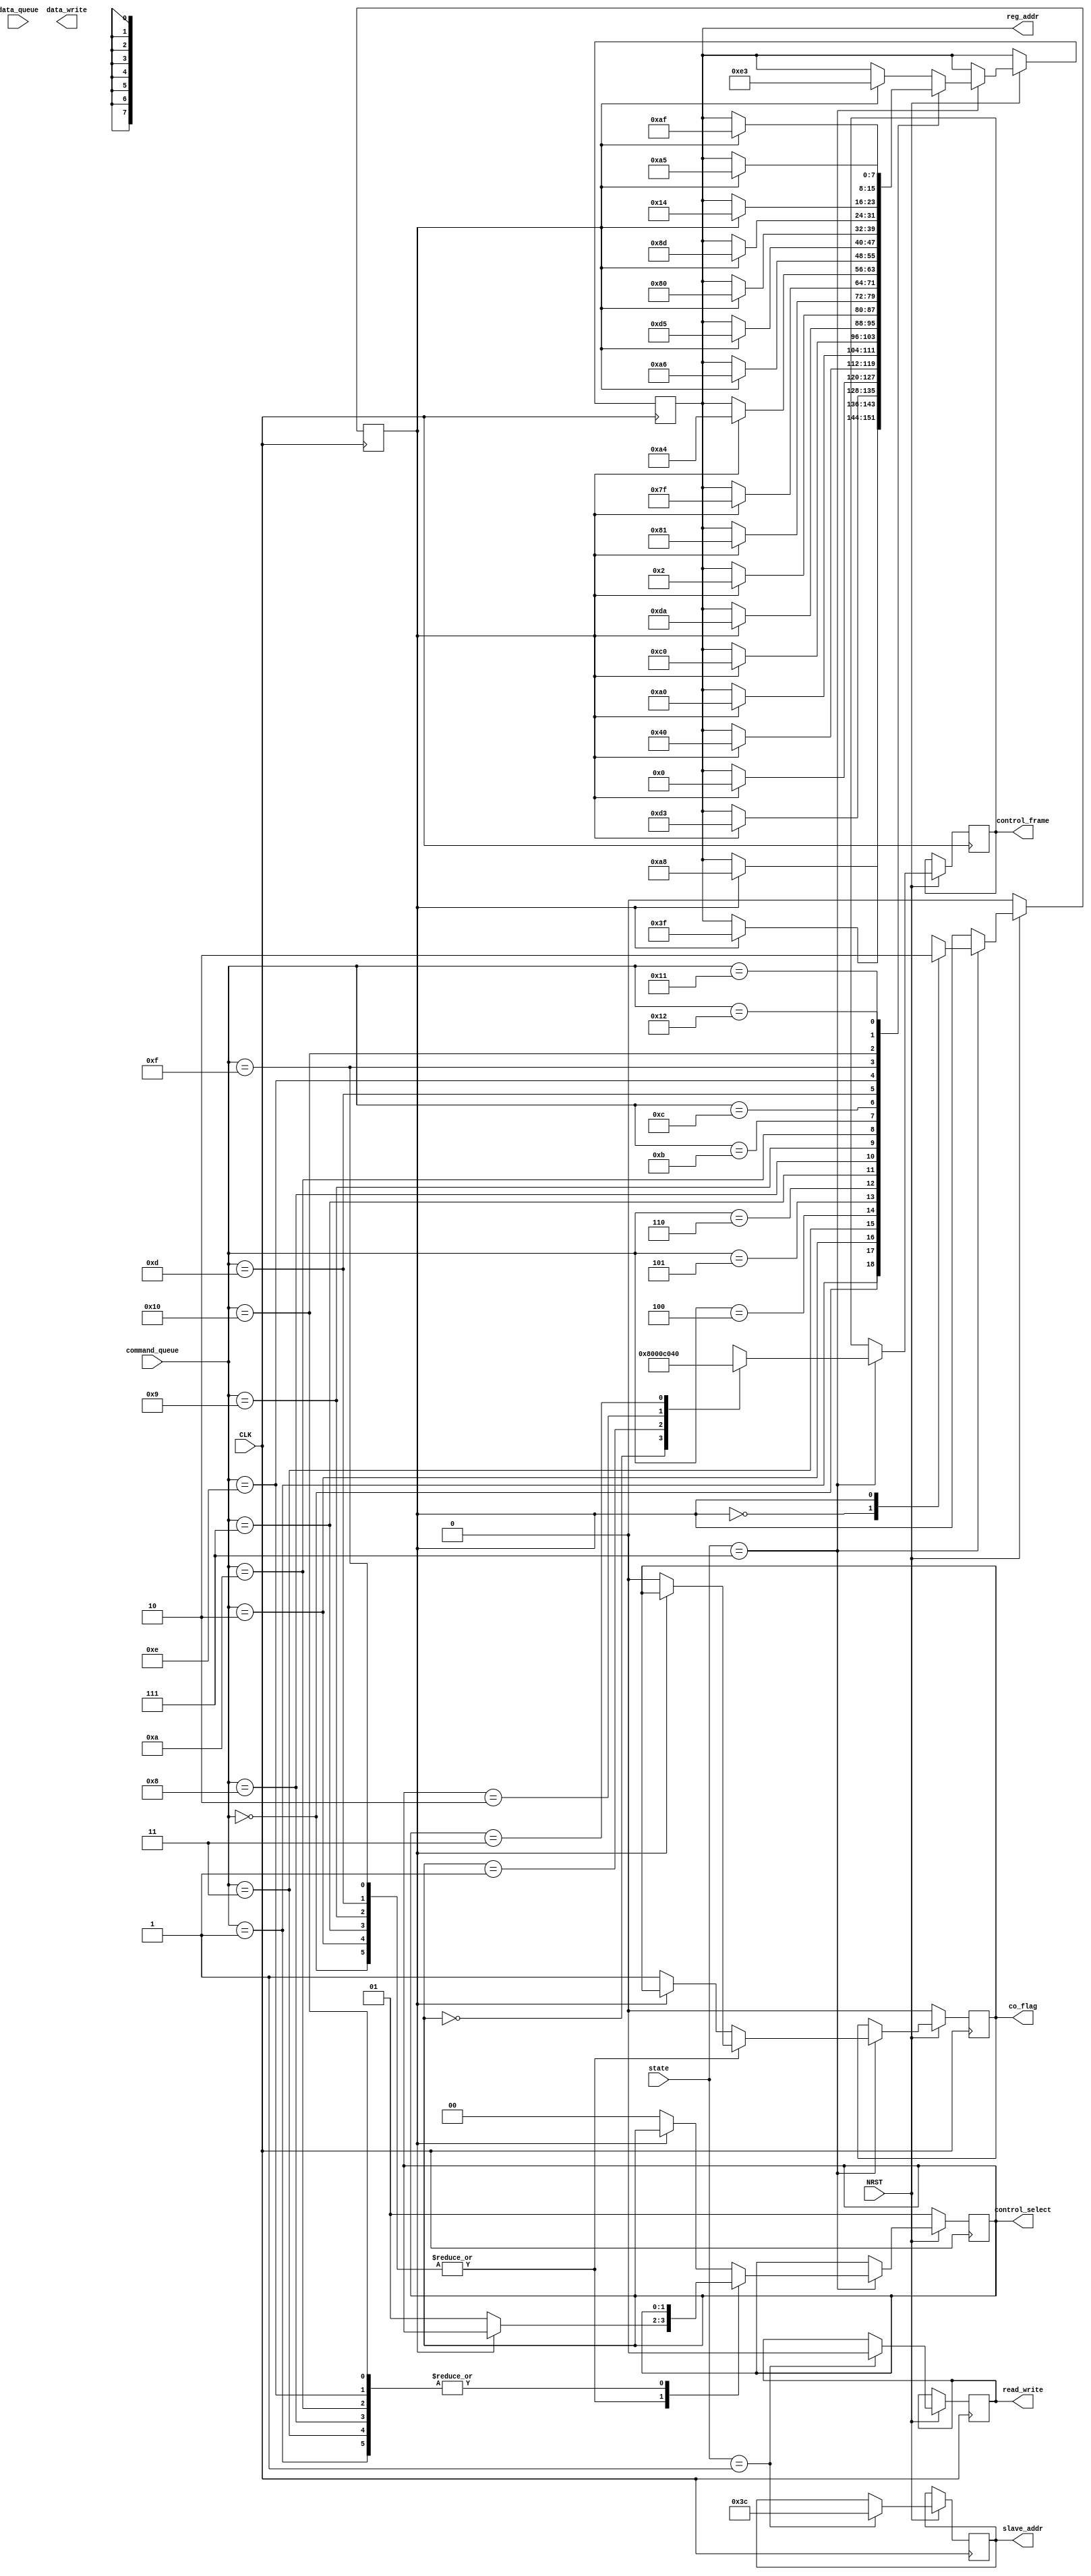
module i2c_oled_setup (
    input CLK,
    input NRST,
    
    input [3:0] state,

    input [4:0] command_queue,
    input [7:0] data_queue,

    output reg [6:0] slave_addr,
    output reg read_write,

    output reg [7:0] control_frame,
    output reg [7:0] reg_addr,
    output reg [7:0] data_write,

    output reg [1:0] control_select,
    output reg co_flag
);

localparam IDLE = 4'd0; // sda == 1 and scl == 1
localparam START = 4'd1; // sda 1->0 while scl == 1
localparam RECOGNITION = 4'd2; // request slave by address [0, 1, 1, 1, 1, 0, 0/1, R/W#]
localparam WRITE_CONTROL = 4'd3; // R/W# == 0 for writing bytes of data to slave
localparam WRITE_COMMAND = 4'd4; // D/C# == 0 for command
localparam WRITE_DATA = 4'd5; // D/C# == 1 for data into GDDRAM
localparam READ = 4'd6; // R/W# == 1 for reading bytes of data from slave
localparam ACKNOWLEDGE = 4'd7; // sda -> 0 while scl == 0, slave acknowledges each control- or data-byte
localparam RECOGNITION_ACK = 4'd8; // ACKNOWLEDGE state exclusively for slave address
localparam STOP = 4'd9; // sda 0->1 while scl == 1

reg frame_timing;

always @ (posedge CLK) begin 
    if (!NRST) begin
        control_select <= 1;
        co_flag <= 0;
        //
        frame_timing <= 0;
    end
    else begin
        case (state)
            START: begin // only oled (write) for the time being
                slave_addr <= 7'b0111100;
                read_write <= 1'b0;
            end
            ACKNOWLEDGE: begin
                case (control_select)
                    2'b00: control_frame <= 8'h80; // single command frame
                    2'b01: control_frame <= 8'h00; // multiple command frames
                    2'b10: control_frame <= 8'hC0; // single data frame
                    2'b11: control_frame <= 8'h40; // multiple data frames
                endcase
                //
                case (command_queue)
                    5'd0: begin
                        case (frame_timing)
                            0: begin
                                control_select <= 2'b01;
                                co_flag <= 0;
                                //
                                frame_timing <= 1;
                            end
                            1: begin
                                reg_addr <= 8'hA8; // Set Mux Ratio
                                //
                                frame_timing <= 0;
                            end
                        endcase
                    end
                    5'd1: begin
                        case (frame_timing)
                            0: begin
                                co_flag <= 1;
                                //
                                frame_timing <= 1;
                            end
                            1: begin
                                reg_addr <= 8'h3F; // **
                                //
                                frame_timing <= 0;
                            end
                        endcase  
                    end
                    //
                    5'd2: begin
                        case (frame_timing)
                            0: begin
                                control_select <= 2'b01;
                                co_flag <= 0;
                                //
                                frame_timing <= 1;
                            end
                            1: begin
                                reg_addr <= 8'hD3; // Set Display Offset
                                //
                                frame_timing <= 0;
                            end
                        endcase 
                    end
                    5'd3: begin
                        case (frame_timing)
                            0: begin
                                co_flag <= 1;
                                //
                                frame_timing <= 1;
                            end
                            1: begin
                                reg_addr <= 8'h00; // **
                                //
                                frame_timing <= 0;
                            end
                        endcase 
                    end
                    //
                    5'd4: begin
                        case (frame_timing)
                            0: begin
                                control_select <= 2'b00;
                                co_flag <= 1;
                                //
                                frame_timing <= 1;
                            end
                            1: begin
                                reg_addr <= 8'h40; // Set Display Start Line
                                //
                                frame_timing <= 0;
                            end
                        endcase 
                    end
                    //
                    5'd5: begin
                        case (frame_timing)
                            0: begin
                                control_select <= 2'b00;
                                co_flag <= 1;
                                //
                                frame_timing <= 1;
                            end
                            1: begin
                                reg_addr <= 8'hA0; // Set Segment remap
                                //
                                frame_timing <= 0;
                            end
                        endcase 
                    end
                    //
                    5'd6: begin
                        case (frame_timing)
                            0: begin
                                control_select <= 2'b00;
                                co_flag <= 1;
                                //
                                frame_timing <= 1;
                            end
                            1: begin
                                reg_addr <= 8'hC0; // Set COM Out Scan Dir
                                //
                                frame_timing <= 0;
                            end
                        endcase 
                    end
                    //
                    5'd7: begin
                        case (frame_timing)
                            0: begin
                                control_select <= 2'b01;
                                co_flag <= 0;
                                //
                                frame_timing <= 1;
                            end
                            1: begin
                                reg_addr <= 8'hDA; // Set COM Pins Hardware Config
                                //
                                frame_timing <= 0;
                            end
                        endcase
                    end
                    5'd8: begin
                        case (frame_timing)
                            0: begin
                                co_flag <= 1;
                                //
                                frame_timing <= 1;
                            end
                            1: begin
                                reg_addr <= 8'h02; // **
                                //
                                frame_timing <= 0;
                            end
                        endcase
                    end
                    //
                    5'd9: begin
                        case (frame_timing)
                            0: begin
                                control_select <= 2'b01;
                                co_flag <= 0;
                                //
                                frame_timing <= 1;
                            end
                            1: begin
                                reg_addr <= 8'h81; // Set Contrast Control
                                //
                                frame_timing <= 0;
                            end
                        endcase
                    end
                    5'd10: begin
                        case (frame_timing)
                            0: begin
                                co_flag <= 1;
                                //
                                frame_timing <= 1;
                            end
                            1: begin
                                reg_addr <= 8'h7F; // **
                                //
                                frame_timing <= 0;
                            end
                        endcase
                    end

                    5'd11: begin
                        case (frame_timing)
                            0: begin
                                control_select <= 2'b00;
                                co_flag <= 1;
                                //
                                frame_timing <= 1;
                            end
                            1: begin
                                reg_addr <= 8'hA4; // Disable Entire Display ON
                                //
                                frame_timing <= 0;
                            end
                        endcase
                    end

                    5'd12: begin
                        case (frame_timing)
                            0: begin
                                control_select <= 2'b00;
                                co_flag <= 1;
                                //
                                frame_timing <= 1;
                            end
                            1: begin
                                reg_addr <= 8'hA6; // Set Normal Display
                                //
                                frame_timing <= 0;
                            end
                        endcase
                    end

                    5'd13: begin
                        case (frame_timing)
                            0: begin
                                control_select <= 2'b01;
                                co_flag <= 0;
                                //
                                frame_timing <= 1;
                            end
                            1: begin
                                reg_addr <= 8'hD5; // Set Osc Freq
                                //
                                frame_timing <= 0;
                            end
                        endcase
                    end
                    5'd14: begin
                        case (frame_timing)
                            0: begin
                                co_flag <= 1;
                                //
                                frame_timing <= 1;
                            end
                            1: begin
                                reg_addr <= 8'h80; // **
                                //
                                frame_timing <= 0;
                            end
                        endcase
                    end

                    5'd15: begin
                        case (frame_timing)
                            0: begin
                                control_select <= 2'b01;
                                co_flag <= 0;
                                //
                                frame_timing <= 1;
                            end
                            1: begin
                                reg_addr <= 8'h8D; // Enable Charge Pump Regulator
                                //
                                frame_timing <= 0;
                            end
                        endcase
                    end
                    5'd16: begin
                        case (frame_timing)
                            0: begin
                                co_flag <= 1;
                                //
                                frame_timing <= 1;
                            end
                            1: begin
                                reg_addr <= 8'h14; // **
                                //
                                frame_timing <= 0;
                            end
                        endcase
                    end

                    5'd17: begin
                        case (frame_timing)
                            0: begin
                                control_select <= 2'b00;
                                co_flag <= 1;
                                //
                                frame_timing <= 1;
                            end
                            1: begin
                                reg_addr <= 8'hAF; // Display ON
                                //
                                frame_timing <= 0;
                            end
                        endcase
                    end

                    5'd18: begin
                        case (frame_timing)
                            0: begin
                                control_select <= 2'b00;
                                co_flag <= 1;
                                //
                                frame_timing <= 1;
                            end
                            1: begin
                                reg_addr <= 8'hA5; // Entire Display ON
                                //
                                frame_timing <= 0;
                            end
                        endcase
                    end
                    default: begin
                        case (frame_timing)
                            0: begin
                                control_select <= 2'b00;
                                co_flag <= 1;
                                //
                                frame_timing <= 1;
                            end
                            1: begin
                                reg_addr <= 8'hE3; // NOP
                                //
                                frame_timing <= 0;
                            end
                        endcase
                    end  
                endcase
        //    end
            //WRITE_DATA: begin
            //    case (data_queue)
            //
            //    endcase
            //end
        //    default: begin
        //    slave_addr <= 0;
        //    read_write <= 0;
        //    control_frame <= 0;
        //    reg_addr <= 0;
        //    data_write <= 0;
        //    end
            end
        endcase
    end 
end

// [*]    => single byte command
// [**]   => double byte command
// [***]  => triple byte command
// [~XX#] => multiple variant byte command (up to XX)

// /////////////////
// // RECOGNITION //
//                //                                        0/1   W/R          
//     8'h78: spread => {1'b0, 1'b1, 1'b1, 1'b1, 1'b1, 1'b0, 1'b0, 1'b0}; // OLED WRITE
//     8'h79: spread => {1'b0, 1'b1, 1'b1, 1'b1, 1'b1, 1'b0, 1'b0, 1'b1}; // OLED READ

// ///////////////////
// // WRITE_CONTROL //
//                //    Co    D/C#
//     8'h00: spread => {1'b0, 1'b0, 1'b0, 1'b0, 1'b0, 1'b0, 1'b0, 1'b0}; // OLED COMMAND
//     8'h80: spread => {1'b0, 1'b1, 1'b0, 1'b0, 1'b0, 1'b0, 1'b0, 1'b0}; // OLED DATA->REG
    
// ///////////////////////////////
// // OLED COMMANDS (D/C# == 0) //

// // FUNDAMENTALS //
//                //     A7    A6    A5    A4    A3    A2    A1    A0
//     8'h81: spread => {1'b1, 1'b0, 1'b0, 1'b0, 1'b0, 1'b0, 1'b0, 1'b1}; // [**] Set Contrast Control

//                //                                               X0
//     8'hA4: spread => {1'b1, 1'b0, 1'b1, 1'b0, 1'b0, 1'b1, 1'b0, 1'b0}; // [*] Entire Display ON Resume To Ram 
//     8'hA5: spread => {1'b1, 1'b0, 1'b1, 1'b0, 1'b0, 1'b1, 1'b0, 1'b1}; // [*] Entire Display ON

//                //                                               X0
//     8'hA6: spread => {1'b1, 1'b0, 1'b1, 1'b0, 1'b0, 1'b1, 1'b1, 1'b0}; // [*] Set Normal Display [1 => Pixel ON]
//     8'hA7: spread => {1'b1, 1'b0, 1'b1, 1'b0, 1'b0, 1'b1, 1'b1, 1'b1}; // [*] Set Inverse DIsplay [1 => Pixel OFF]

//                //                                               X0
//     8'hAE: spread => {1'b1, 1'b0, 1'b1, 1'b0, 1'b1, 1'b1, 1'b1, 1'b0}; // [*] Set Display OFF
//     8'hAF: spread => {1'b1, 1'b0, 1'b1, 1'b0, 1'b1, 1'b1, 1'b1, 1'b1}; // [*] Set DIsplay ON

// // ADDRESSING //
//                //                             X3    X2    X1    X0
//     8'h00: spread => {1'b0, 1'b0, 1'b0, 1'b0, 1'b0, 1'b0, 1'b0, 1'b0}; // [~0F#] Set Lower Column Start Address For Page Addressing Mode: 0 (RESET)
//     8'h10: spread => {1'b0, 1'b0, 1'b0, 1'b1, 1'b0, 1'b0, 1'b0, 1'b0}; // [~1F#] Set Higher Column Start Address For Page Addressing Mode: 0 (RESET)

//                //                                         A1    A0           
//     8'h20: spread => {1'b0, 1'b0, 1'b1, 1'b0, 1'b0, 1'b0, 1'b0, 1'b0}; // [**] Set Memory Addressing Mode: Page Addressing, 2'b10 (RESET)

//                //           A6    A5    A4    A3    A2    A1    A0  (Start, 0 (RESET))
//                //           B6    B5    B4    B3    B2    B1    B0  (End, 127 (RESET))
//     8'h21: spread => {1'b0, 1'b0, 1'b1, 1'b0, 1'b0, 1'b0, 1'b0, 1'b1}; // [***] Set Column Address

//                //                                   A2    A1    A0 (Start, 0 (RESET))
//                //                                   B2    B1    B0 (End, 7 (RESET))
//     8'h22: spread => {1'b0, 1'b0, 1'b1, 1'b0, 1'b0, 1'b0, 1'b1, 1'b0}; // [***] Set Page Address

//                //                                   X2    X1    X0
//     8'hB0: spread => {1'b1, 1'b0, 1'b1, 1'b1, 1'b0, 1'b0, 1'b0, 1'b0}; // [~B7#] Set Page Start Address For Page Addressing Mode
    
// // HARDWARE CONFIGS //
//                //                 X5    X4    X3    X2    X1    X0   
//     8'h40: spread => {1'b0, 1'b1, 1'b0, 1'b0, 1'b0, 1'b0, 1'b0, 1'b0}; // [~7F#] Set Display Start Line: 0 (RESET)

//                //                                               X0
//     8'hA0: spread => {1'b1, 1'b0, 1'b1, 1'b0, 1'b0, 1'b0, 1'b0, 1'b0}; // [*] Set Segment Remap (Column 0)
//     8'hA1: spread => {1'b1, 1'b0, 1'b1, 1'b0, 1'b0, 1'b0, 1'b0, 1'b1}; // [*] Set Segment Remap (Column 127)

//                //                 A5    A4    A3    A2    A1    A0
//     8'hA8: spread => {1'b1, 1'b0, 1'b1, 1'b0, 1'b1, 1'b0, 1'b0, 1'b0}; // [**] Set Multiplex Ratio: 64MUX (RESET)

//                //                             X3
//     8'hC0: spread => {1'b1, 1'b1, 1'b0, 1'b0, 1'b0, 1'b0, 1'b0, 1'b0}; // [*] Set COM Out Scan Dir: 0 (0->127 (RESET))
//     8'hC8: spread => {1'b1, 1'b1, 1'b0, 1'b0, 1'b1, 1'b0, 1'b0, 1'b0}; // [*] Set COM Out Scan Dir: 1 (127->0 (RESET))

//                //                 A5    A4    A3    A2    A1    A0
//     8'hD3: spread => {1'b1, 1'b1, 1'b0, 1'b1, 1'b0, 1'b0, 1'b1, 1'b1}; // [**] Set Display Offset: 0 (RESET)

//                //                 A5    A4    1'b0
//     8'hDA: spread => {1'b1, 1'b1, 1'b0, 1'b1, 1'b1, 1'b0, 1'b1, 1'b0}; // [**] Set COM Pins: Alternative Disable Left/Right Remap (RESET)

// // TIMING & DRIVING SCHEMES //

//                //     A7    A6    A5    A4    A3    A2    A1    A0
//     8'hD5: spread => {1'b1, 1'b1, 1'b0, 1'b1, 1'b0, 1'b1, 1'b0, 1'b1}; // [**] Set Osc Freq [7:4]/Disp CLK Divide Ratio [3:0]
//     8'hD9: spread => {1'b1, 1'b1, 1'b0, 1'b1, 1'b1, 1'b0, 1'b1, 1'b0}; // [**] Set Precharge Period (Ph2 [7:4], Ph1 [3:0])

//                //     1'b0  A6    A5    A4    1'b0  1'b0  1'b0  1'b0
//     8'hDB: spread => {1'b1, 1'b1, 1'b0, 1'b1, 1'b1, 1'b0, 1'b1, 1'b1}; // [**] Set Vcomh Deselect Level
//     8'hE3: spread => {1'b1, 1'b1, 1'b1, 1'b0, 1'b0, 1'b0, 1'b1, 1'b1}; // [*] NOP

// // CHARGE PUMP //

//                //                 1'b0  1'b1  1'b0  A2    1'b0  1'b0
//     8'hD5: spread => {1'b1, 1'b0, 1'b0, 1'b0, 1'b1, 1'b1, 1'b0, 1'b1}; // [**] Charge Pump Setting

endmodule